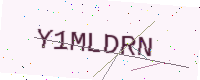
Text: Y1MLDRN